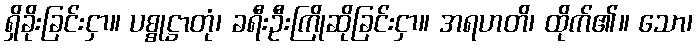
ရှိခိုးခြင်းငှာ။ ပစ္စုဋ္ဌာတုံ၊ ခရီးဦးကြိုဆိုခြင်းငှာ။ အရဟတိ၊ ထိုက်၏။ သော၊